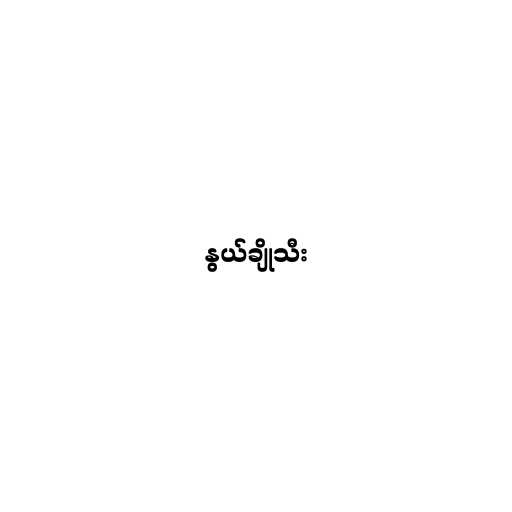
နွယ်ချိုသီး